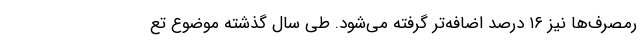
رمصرف‌ها نیز ۱۶ درصد اضافه‌تر گرفته می‌شود. طی سال گذشته موضوع تع